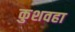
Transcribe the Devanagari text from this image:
कुशवहा